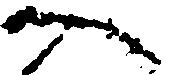
へ